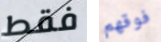
فقط فوقهم